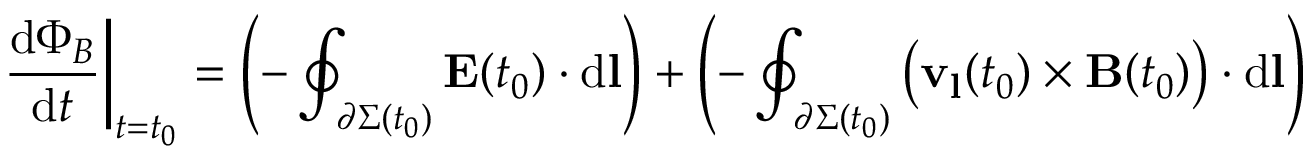
\left. { \frac { \mathrm { d } \Phi _ { B } } { \mathrm { d } t } } \right| _ { t = t _ { 0 } } = \left( - \oint _ { \partial \Sigma ( t _ { 0 } ) } \mathbf { E } ( t _ { 0 } ) \cdot \mathrm { d } \mathbf { l } \right) + \left( - \oint _ { \partial \Sigma ( t _ { 0 } ) } { \bigl ( } \mathbf { v } _ { \mathbf { l } } ( t _ { 0 } ) \times \mathbf { B } ( t _ { 0 } ) { \bigr ) } \cdot \mathrm { d } \mathbf { l } \right)